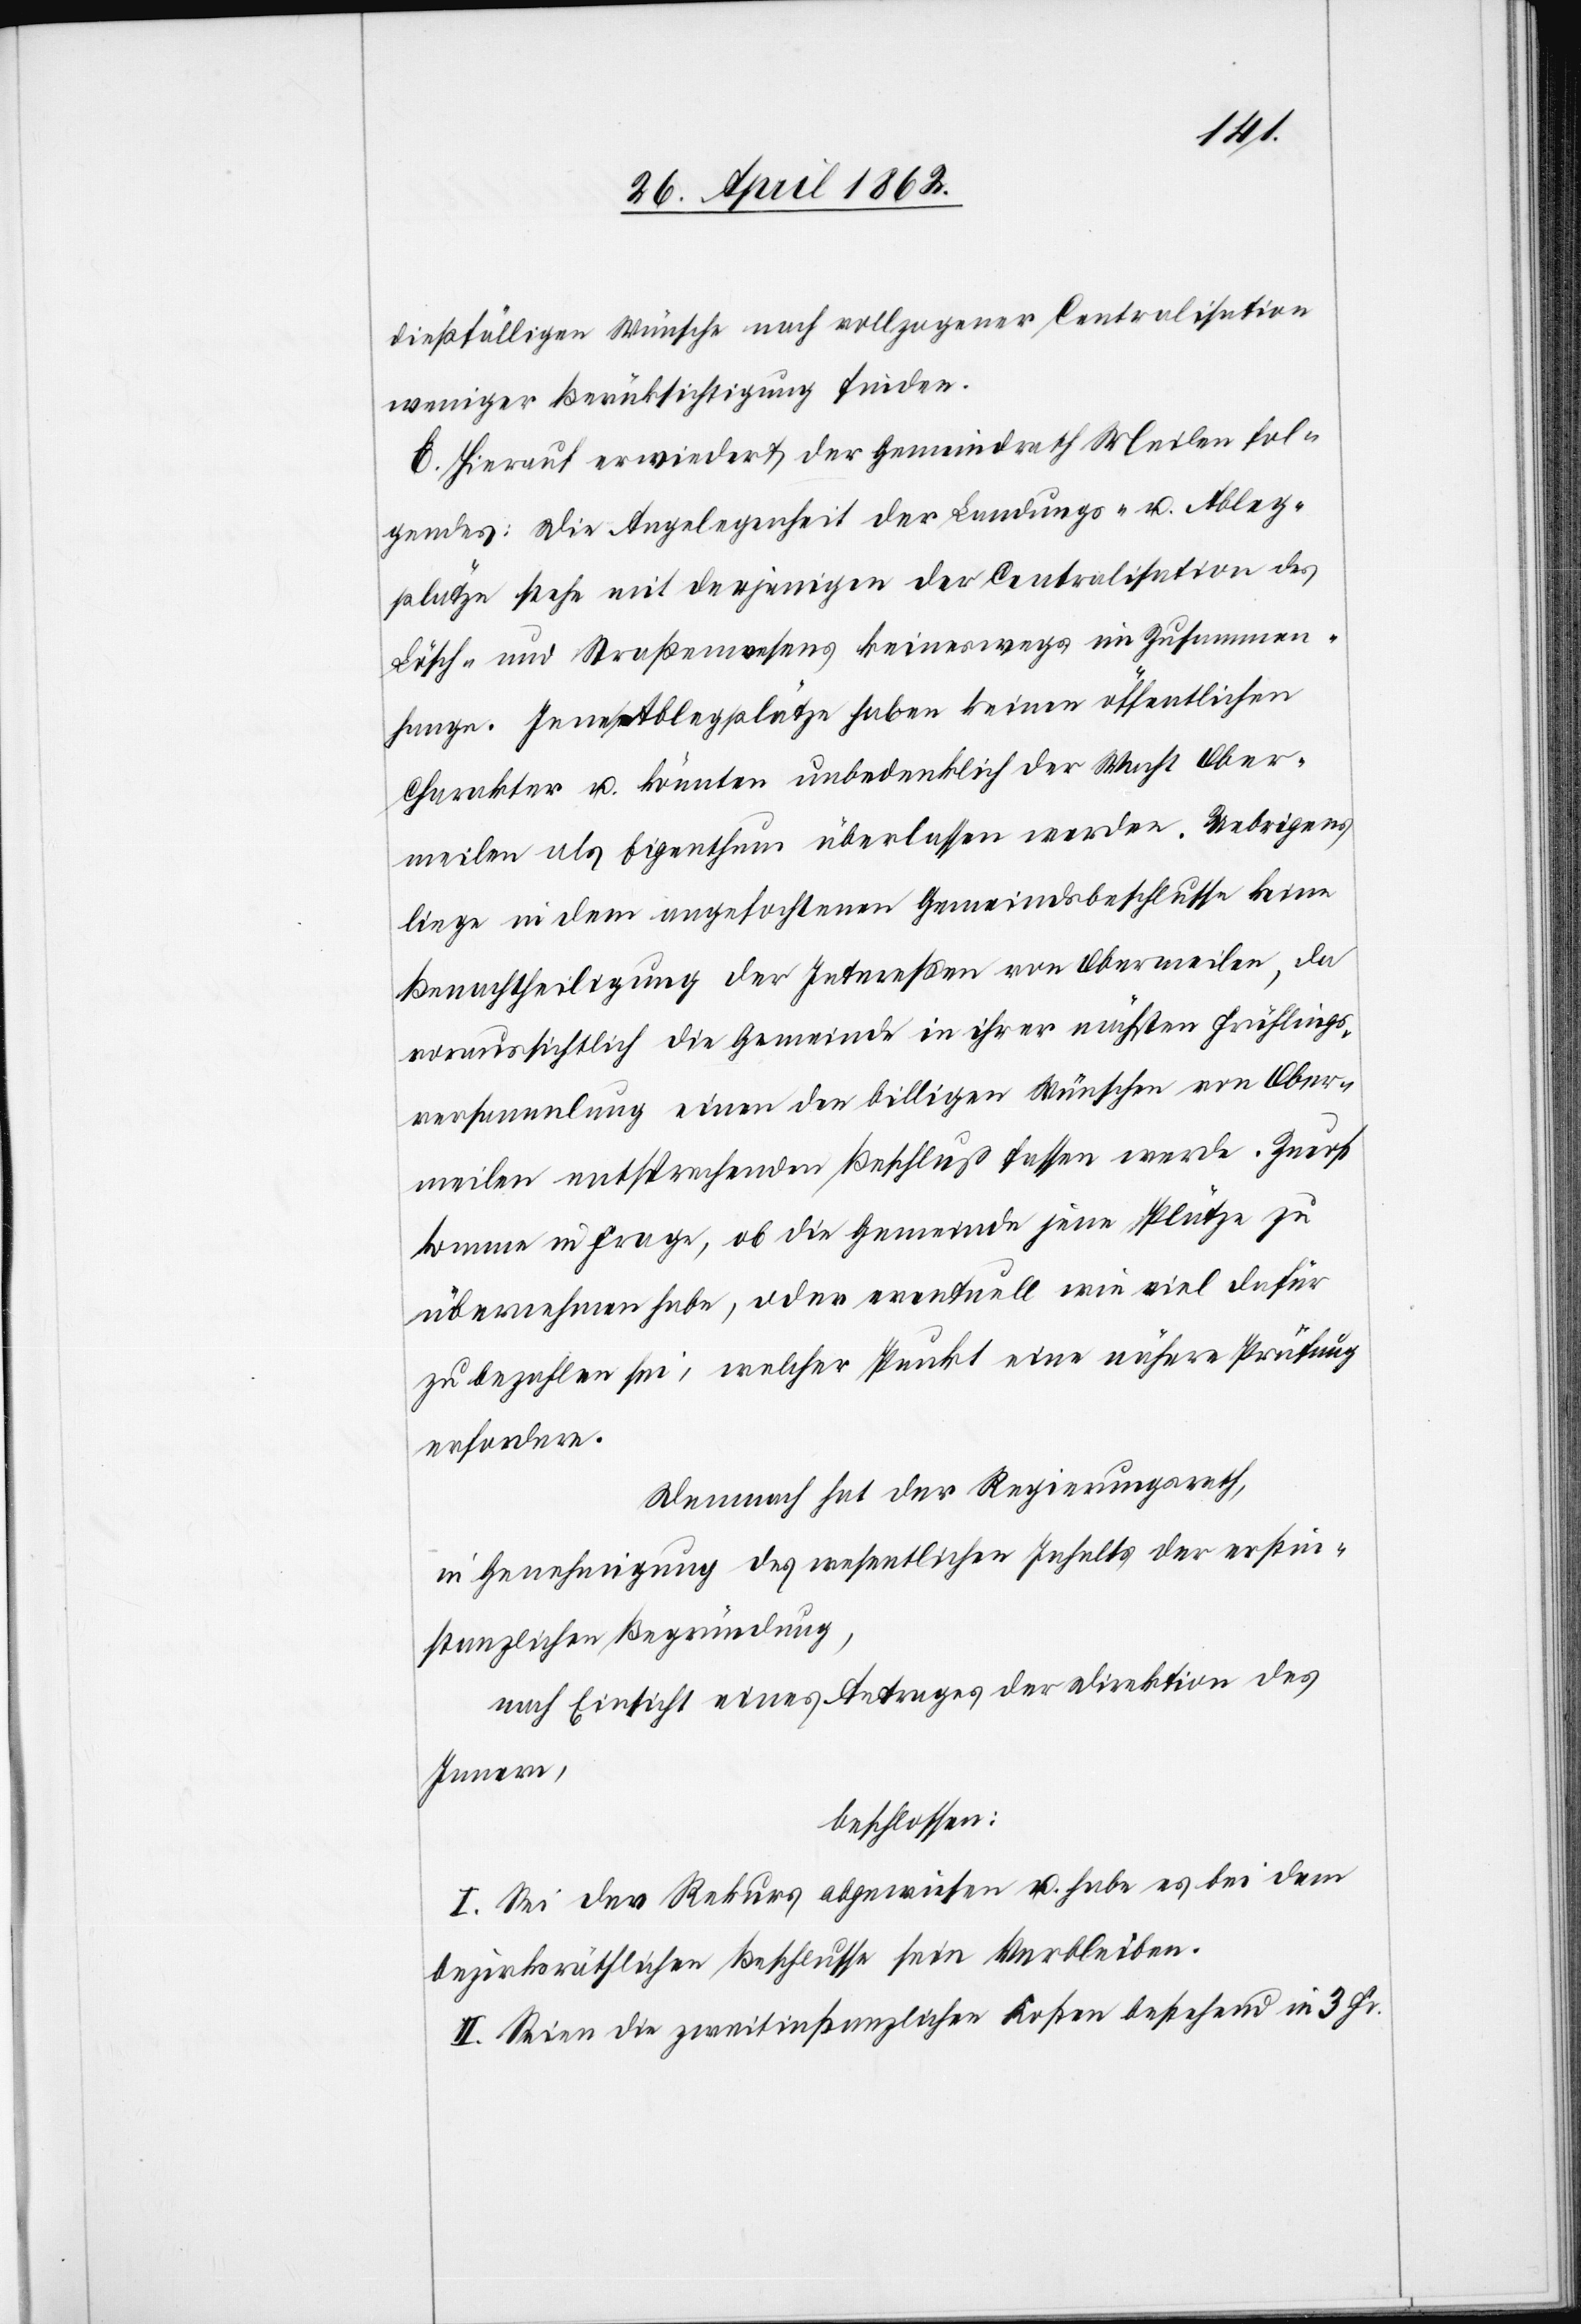
dießfälligen Wünsche nach vollzogener Centralisation
weniger Berücksichtigung finden.
E. Hierauf erwiedert der Gemeindrath Meilen fol¬
gendes: Die Angelegenheit der Landungs- u. Ableg¬
plätze stehe mit derjenigen der Centralisation des
Lösch- und Straßenwesens keineswegs im Zusammen¬
hange. Jene Ablegplätze haben keinen öffentlichen
Charakter u. könnten unbedenklich der Wacht Ober¬
meilen als Eigenthum überlassen werden. Uebrigens
liege in dem angefochtenen Gemeindsbeschlusse keine
Benachtheiligung der Interessen von Obermeilen, da
voraussichtlich die Gemeinde in ihrer nächsten Frühlings¬
versammlung einen den billigen Wünschen von Ober¬
meilen entsprechenden Beschluß fassen werde. Zuerst
komme in Frage, ob die Gemeinde jene Plätze zu
übernehmen habe, oder eventuell wie viel dafür
zu bezahlen sie, welcher Punkt eine nähere Prüfung
erfordere.
Demnach hat der Regierungsrath,
in Genehmigung des wesentlichen Inhalts der erstin¬
stanzlichen Begründung,
nach Einsicht eines Antrages der Direktion des
Innern,
beschlossen:
I. Sei der Rekurs abgewiesen u. habe es bei dem
bezirksräthlichen Beschlusse sein Verbleiben.
II. Seien die zweitinstanzlichen Kosten bestehend in 3 Fr.